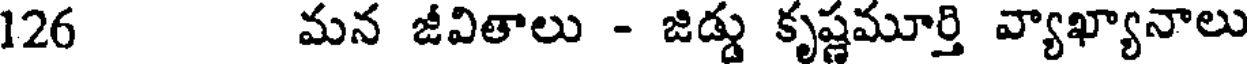
126 మన జీవితాలు - జిడ్డు కృష్ణమూర్తి వ్యాఖ్యానాలు